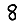
Digit: 8